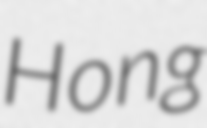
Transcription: Hong